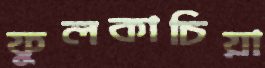
ফুলকাচিয়া